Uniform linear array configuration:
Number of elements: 24
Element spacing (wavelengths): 0.75
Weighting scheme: uniform
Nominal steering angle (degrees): -60
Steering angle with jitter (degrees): -61.837
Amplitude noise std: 0.05
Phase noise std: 0.05

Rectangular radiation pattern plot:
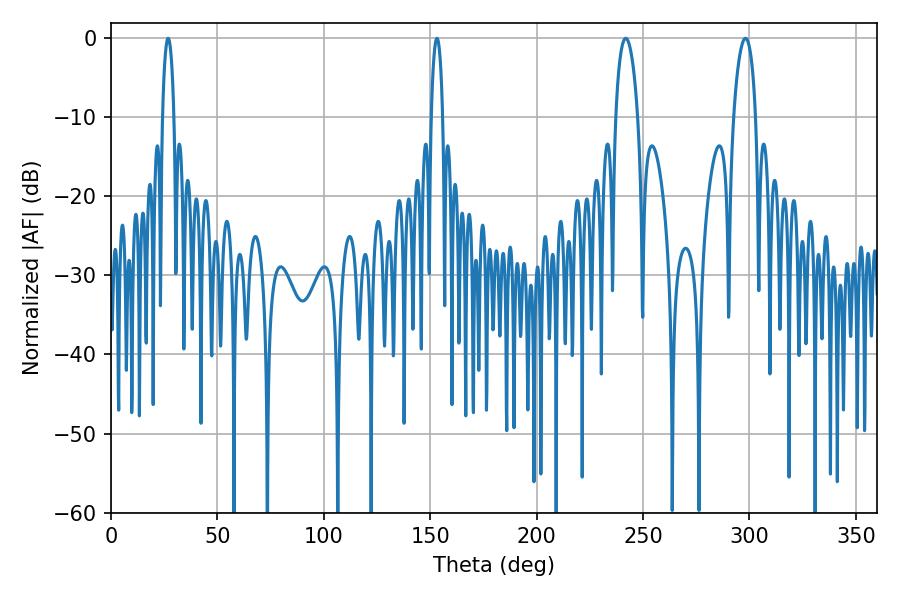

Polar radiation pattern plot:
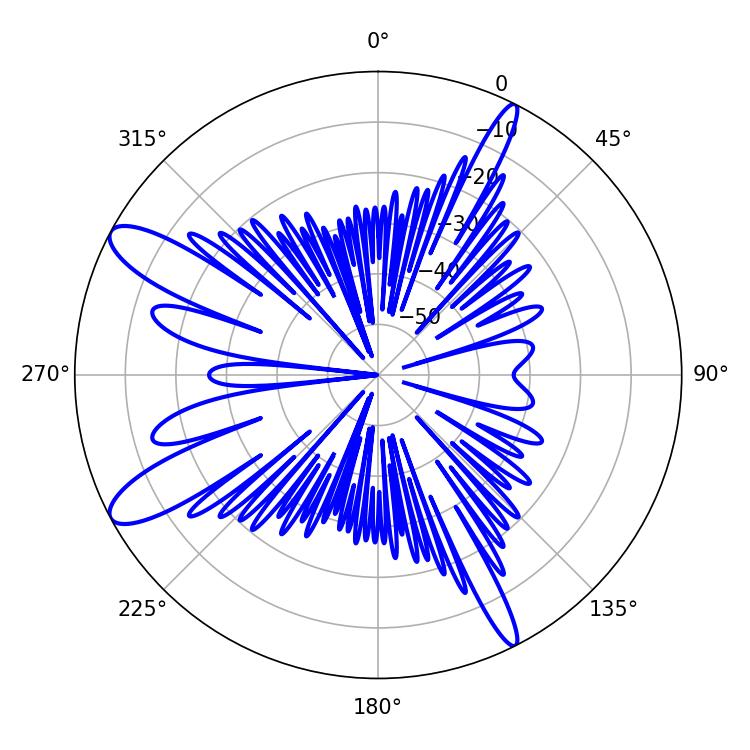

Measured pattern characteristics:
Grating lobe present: TRUE
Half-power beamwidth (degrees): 3.06
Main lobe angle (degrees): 26.82